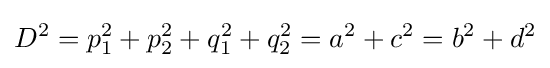
D^{2}=p_{1}^{2}+p_{2}^{2}+q_{1}^{2}+q_{2}^{2}=a^{2}+c^{2}=b^{2}+d^{2}